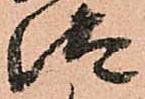
汰